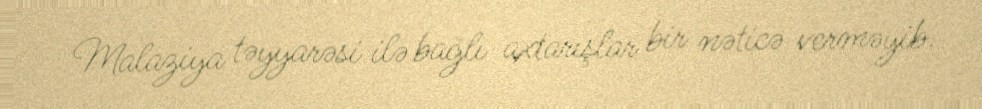
Malaziya təyyarəsi ilə bağlı axtarışlar bir nəticə verməyib.